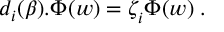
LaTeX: d _ { i } ( \beta ) . \Phi ^ { \l } ( w ) = \zeta _ { i } ^ { \l } \Phi ^ { \l } ( w ) \; .